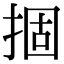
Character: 㧽